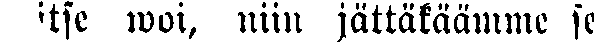
itse woi, niin jättäkäämme se